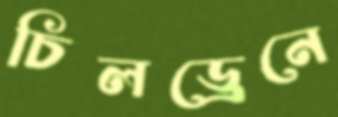
চিলড্রেনে